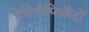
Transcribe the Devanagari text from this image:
प्रतिदीप्तिकेंद्रों